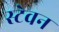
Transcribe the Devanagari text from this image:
स्टेवन